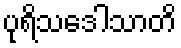
ပုရိသဒေါသာတိ